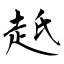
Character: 赿